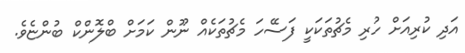
އަދި ކުރިއަށް ހުރި މެޗުތަކަކީ ފަސޭހަ މެޗުތަކެއް ނޫން ކަމަށް ބްލޮންކް ބުންޏެވެ.